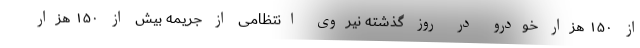
از ۱۵۰ هزار خودرو در روز گذشته نیروی انتظامی از جریمه بیش از ۱۵۰ هزار